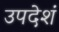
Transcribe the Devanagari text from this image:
उपदेशं